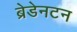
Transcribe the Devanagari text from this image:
ब्रेडेनटन